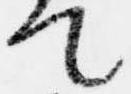
て